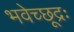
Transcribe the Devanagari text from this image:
भवेच्छूद्रः